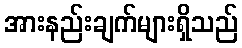
အားနည်းချက်များရှိသည်